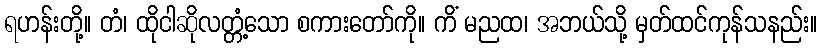
ရဟန်းတို့။ တံ၊ ထိုငါဆိုလတ္တံ့သော စကားတော်ကို။ ကိံ မညထ၊ အဘယ်သို့ မှတ်ထင်ကုန်သနည်း။